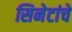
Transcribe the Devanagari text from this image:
सिनेटांचे